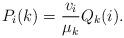
LaTeX: \begin{align*}P_i(k)=\frac{v_i}{\mu_k}Q_k(i).\end{align*}